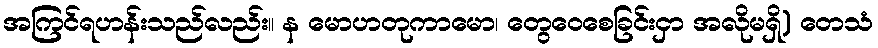
အကြင်ရဟန်းသည်လည်း။ န မောဟတုကာမော၊ တွေဝေစေခြင်းငှာ အလိုမရှိ) တေသံ